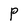
Character: P